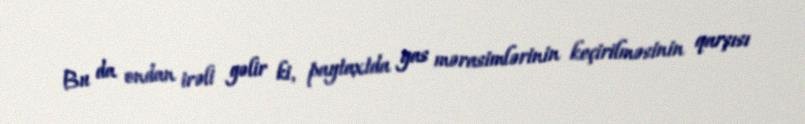
Bu da ondan irəli gəlir ki, paytaxtda yas mərasimlərinin keçirilməsinin qarşısı